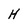
Character: H